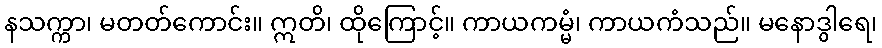
နသက္ကာ၊ မတတ်ကောင်း။ ဣတိ၊ ထိုကြောင့်။ ကာယကမ္မံ၊ ကာယကံသည်။ မနောဒွါရေ၊